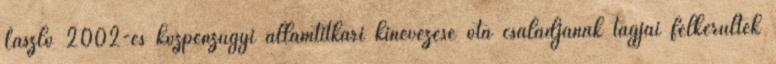
László 2002-es közpénzügyi államtitkári kinevezése óta családjának tagjai felkerültek